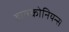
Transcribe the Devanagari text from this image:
हाक्कोनियन्स